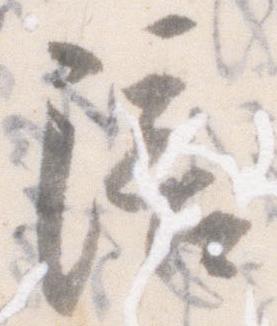
陪